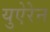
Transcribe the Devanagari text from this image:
युऐरेन